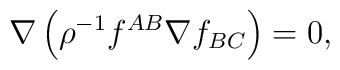
\nabla \left(\rho^{-1}f^{AB}\nabla f_{BC}\right)=0,